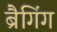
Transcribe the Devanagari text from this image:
ब्रैगिंग